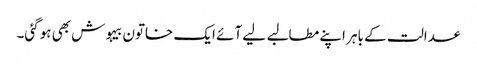
عدالت کے باہر اپنے مطالبے لیے آئے ایک خاتون بیہوش بھی ہوگئی۔